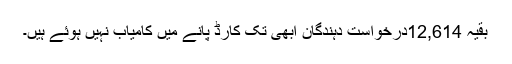
بقیہ 12,614درخواست دہندگان ابھی تک کارڈ پانے میں کامیاب نہیں ہوئے ہیں۔